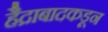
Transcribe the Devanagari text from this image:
हैद्राबादकडून